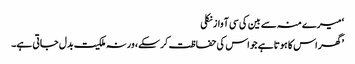
‘ میرے منہ سے بین کی سی آواز نکلی
’گھر اس کا ہوتا ہے جو اس کی حفاظت کر سکے، ورنہ ملکیت بدل جاتی ہے۔